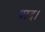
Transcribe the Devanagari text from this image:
पाद।